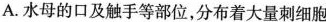
A.水母的口及触手等部位，分布着大量刺细胞